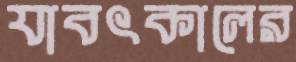
যাবৎকালের